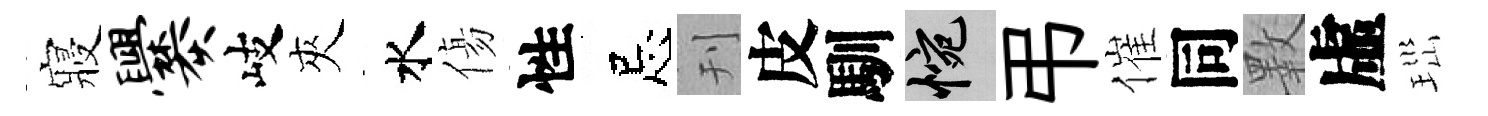
寢爨岐夾水傷性忌刊皮馴惋弔催同斁虛𤤼